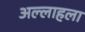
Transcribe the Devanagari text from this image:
अल्लाहला